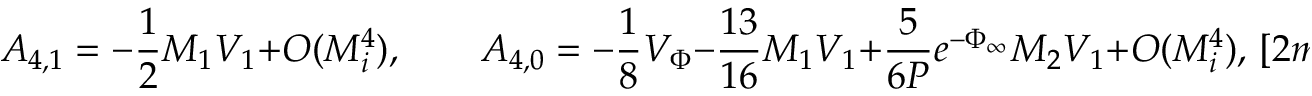
A _ { 4 , 1 } = - \frac { 1 } { 2 } M _ { 1 } V _ { 1 } + O ( M _ { i } ^ { 4 } ) , \qquad A _ { 4 , 0 } = - \frac { 1 } { 8 } V _ { \Phi } - \frac { 1 3 } { 1 6 } M _ { 1 } V _ { 1 } + \frac { 5 } { 6 P } e ^ { - \Phi _ { \infty } } M _ { 2 } V _ { 1 } + O ( M _ { i } ^ { 4 } ) , \, [ 2 m m ]